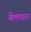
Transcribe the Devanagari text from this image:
बेलपारा